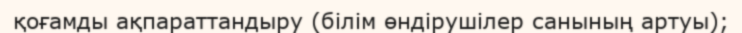
қоғамды ақпараттандыру (білім өндірушілер санының артуы);